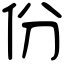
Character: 份